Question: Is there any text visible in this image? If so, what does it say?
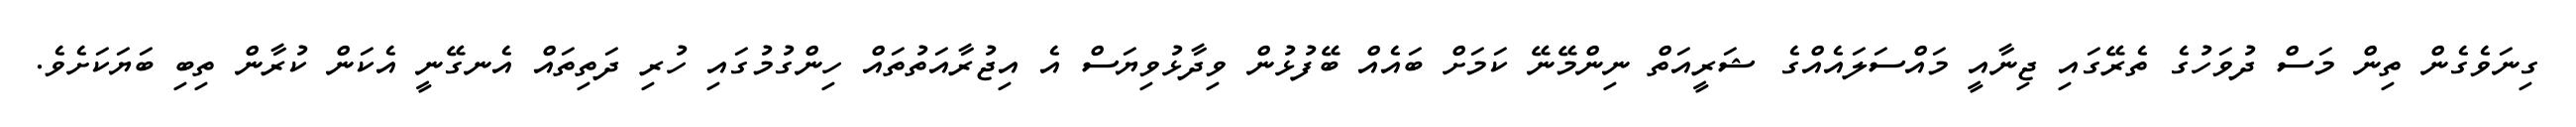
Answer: ގިނަވެގެން ތިން މަސް ދުވަހުގެ ތެރޭގައި ޖިނާއީ މައްސަލައެއްގެ ޝަރީއަތް ނިންމޭނޭ ކަމަށް ބައެއް ބޭފުޅުން ވިދާޅުވިޔަސް އެ އިޖުރާއަތުތައް ހިންގުމުގައި ހުރި ދަތިތައް އެނގޭނީ އެކަން ކުރާން ތިބި ބަޔަކަށެވެ.